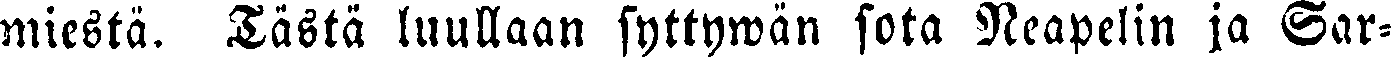
miestä. Tästä luullaan syttywän sota Neapelin ja Sar-